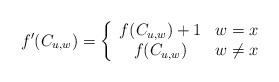
\begin{align*}f'(C_{u,w}) = \left\{\begin{array}{cc}f(C_{u,w}) + 1 & w=x \\f(C_{u,w}) & w\not=x\end{array}\right.\end{align*}